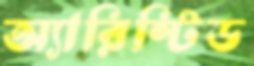
অ্যারিস্টিড